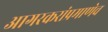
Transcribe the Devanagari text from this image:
आगरकरांप्रमाणेच